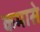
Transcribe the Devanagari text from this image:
कमासे